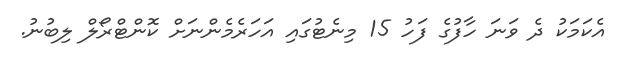
އެކަމަކު ދެ ވަނަ ހާފުގެ ފަހު 15 މިނެޓުގައި އަހަރެމެންނަށް ކޮންޓްރޯލް ލިބުނު.